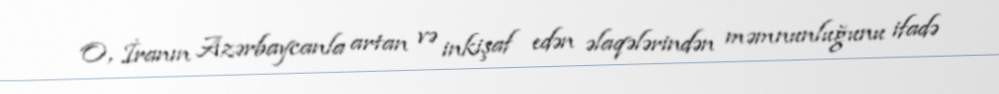
O, İranın Azərbaycanla artan və inkişaf edən əlaqələrindən məmnunluğunu ifadə